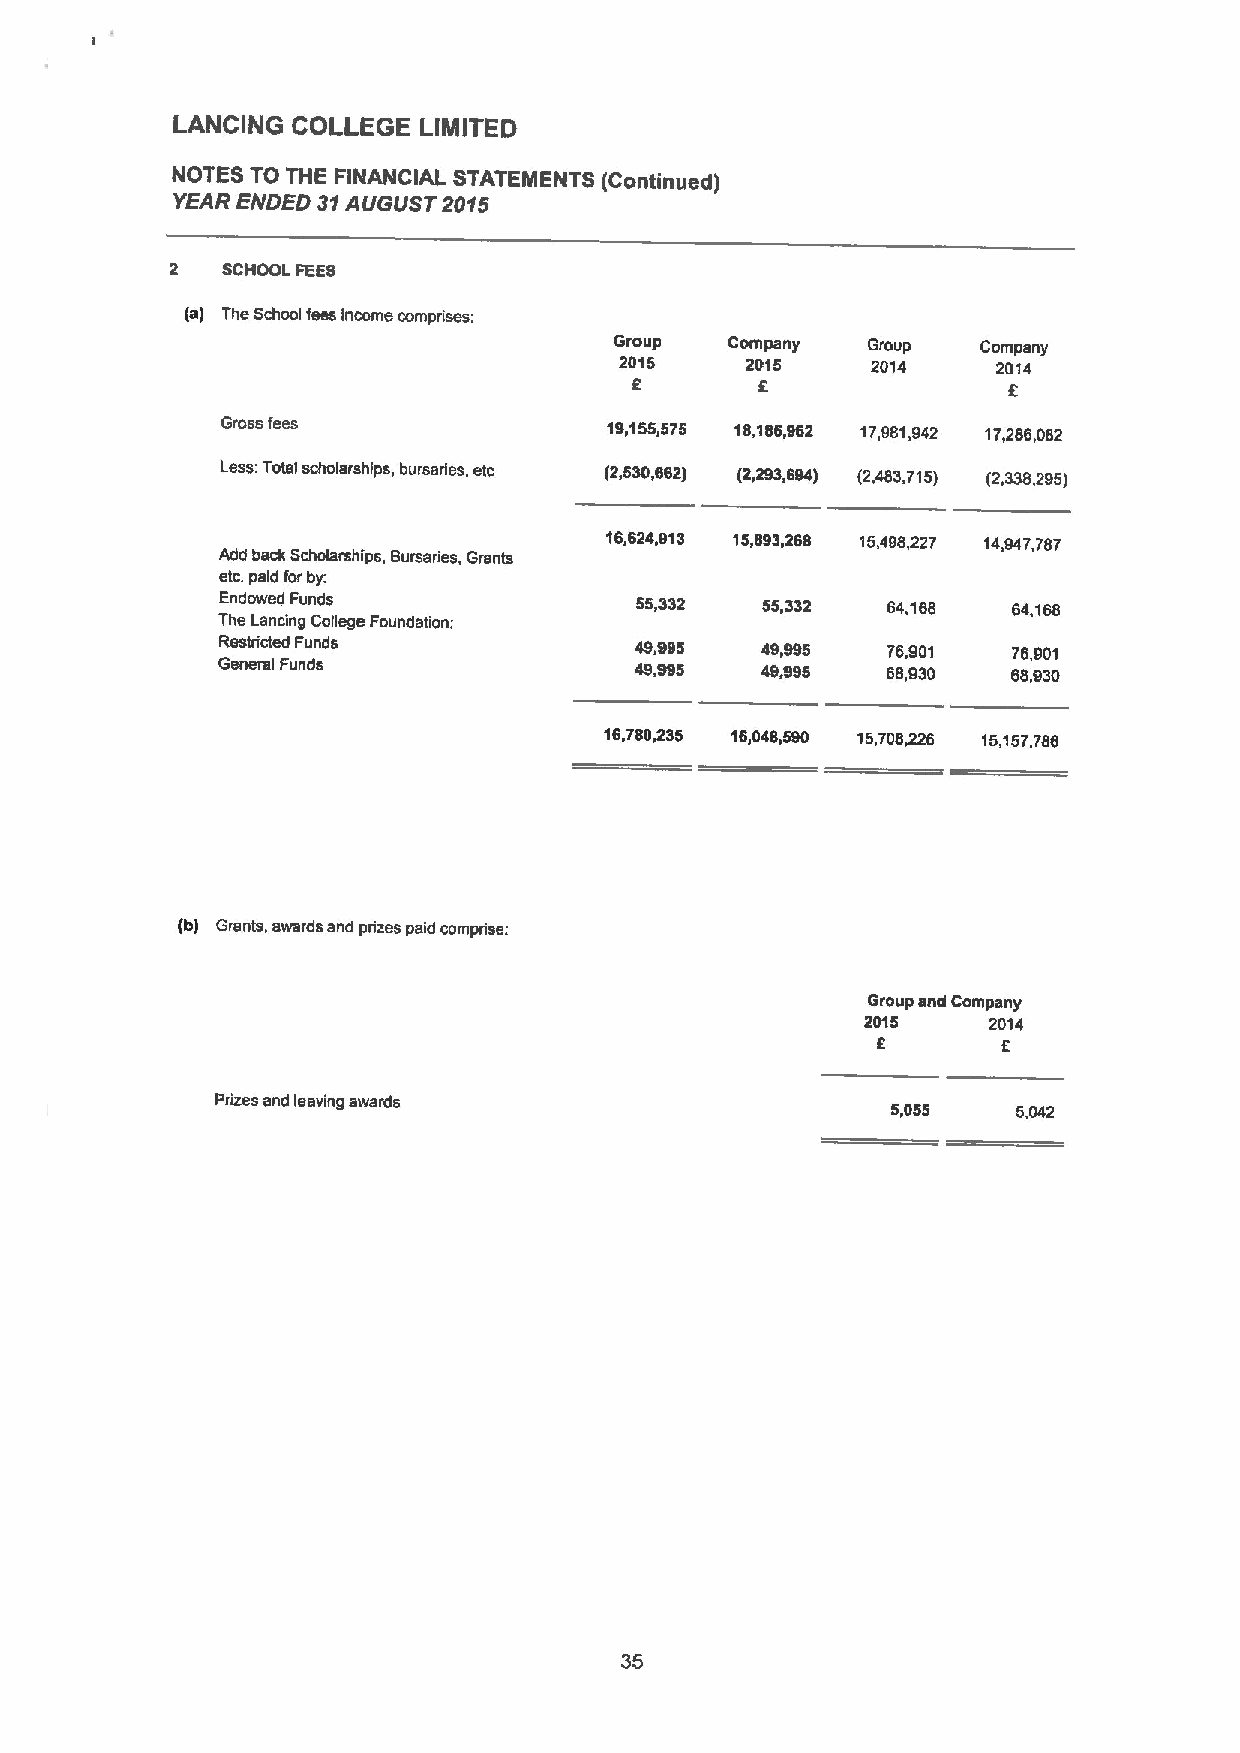
LANCING COLLEGE  LIMITED
 NOTES TO THE FINANCIAL STATEMENTS (Continued)
 YEAR ENDED 31AUGUST 2015
 2   SCHOOL FEES
 (a) The School fees income comprises:
 Group  Company  Group   Company
 2015    2015     2014    2014
 f
 5
 Gross fees               19,155,575 18,186,962 17,081,942 17,286,082
 Less:Total scholarships, bursarles, etc (2,530,562) (2,293,694) (2,483,715) (2,338,2g5)
 16,624,913 15,893,268 15,498,227 14,947,787
 Add back Scholarships, Sursaries, Grants
 etc.paid forby:
 Endowed Funds               55,332  55,332   64,168  64,168
 The Lancing College Foundation:
 Restricted Funds            49,995  49,995   76,901  76,901
 General Funds               49.995  49,995   68,930  68,930
 16,780,235 16,048,590 15,708,226 15,157,786
 (b) Grants, awards and prizes paid comprise:
 Group and Company
 2015    2014
 5       5
 Prizes and leaving awards
 5,055   5,042
 35